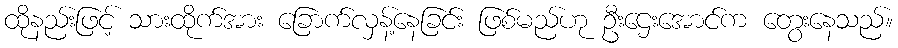
ထိုနည်းဖြင့် သားထိုက်အား ခြောက်လှန့်နေခြင်း ဖြစ်မည်ဟု ဦးဌေးအောင်က တွေးနေသည်။